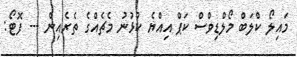
މައިލޯ ކްލަބް މޯލްޑިވްސް ކަޕް އިއްޔެ ކުޅުނު މެޗެއްގެ ތެރެއިން --- ފޮޓޯ: